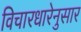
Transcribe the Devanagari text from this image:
विचारधारेनुसार